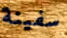
سفينة